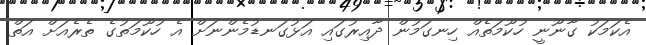
އެކަމަކު ގާނޫނީ ހުކޫމަތެއް ހިނގަމުން ދާއިރުގައި އަޅުގަނޑުމެންނަށް އެ ހުކޫމަތުގެ ތެރެއަަށް އަތް